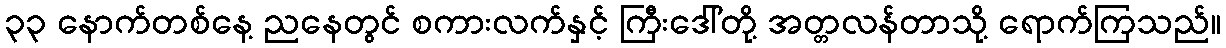
၃၃ နောက်တစ်နေ့ ညနေတွင် စကားလက်နှင့် ကြီးဒေါ်တို့ အတ္တလန်တာသို့ ရောက်ကြသည်။